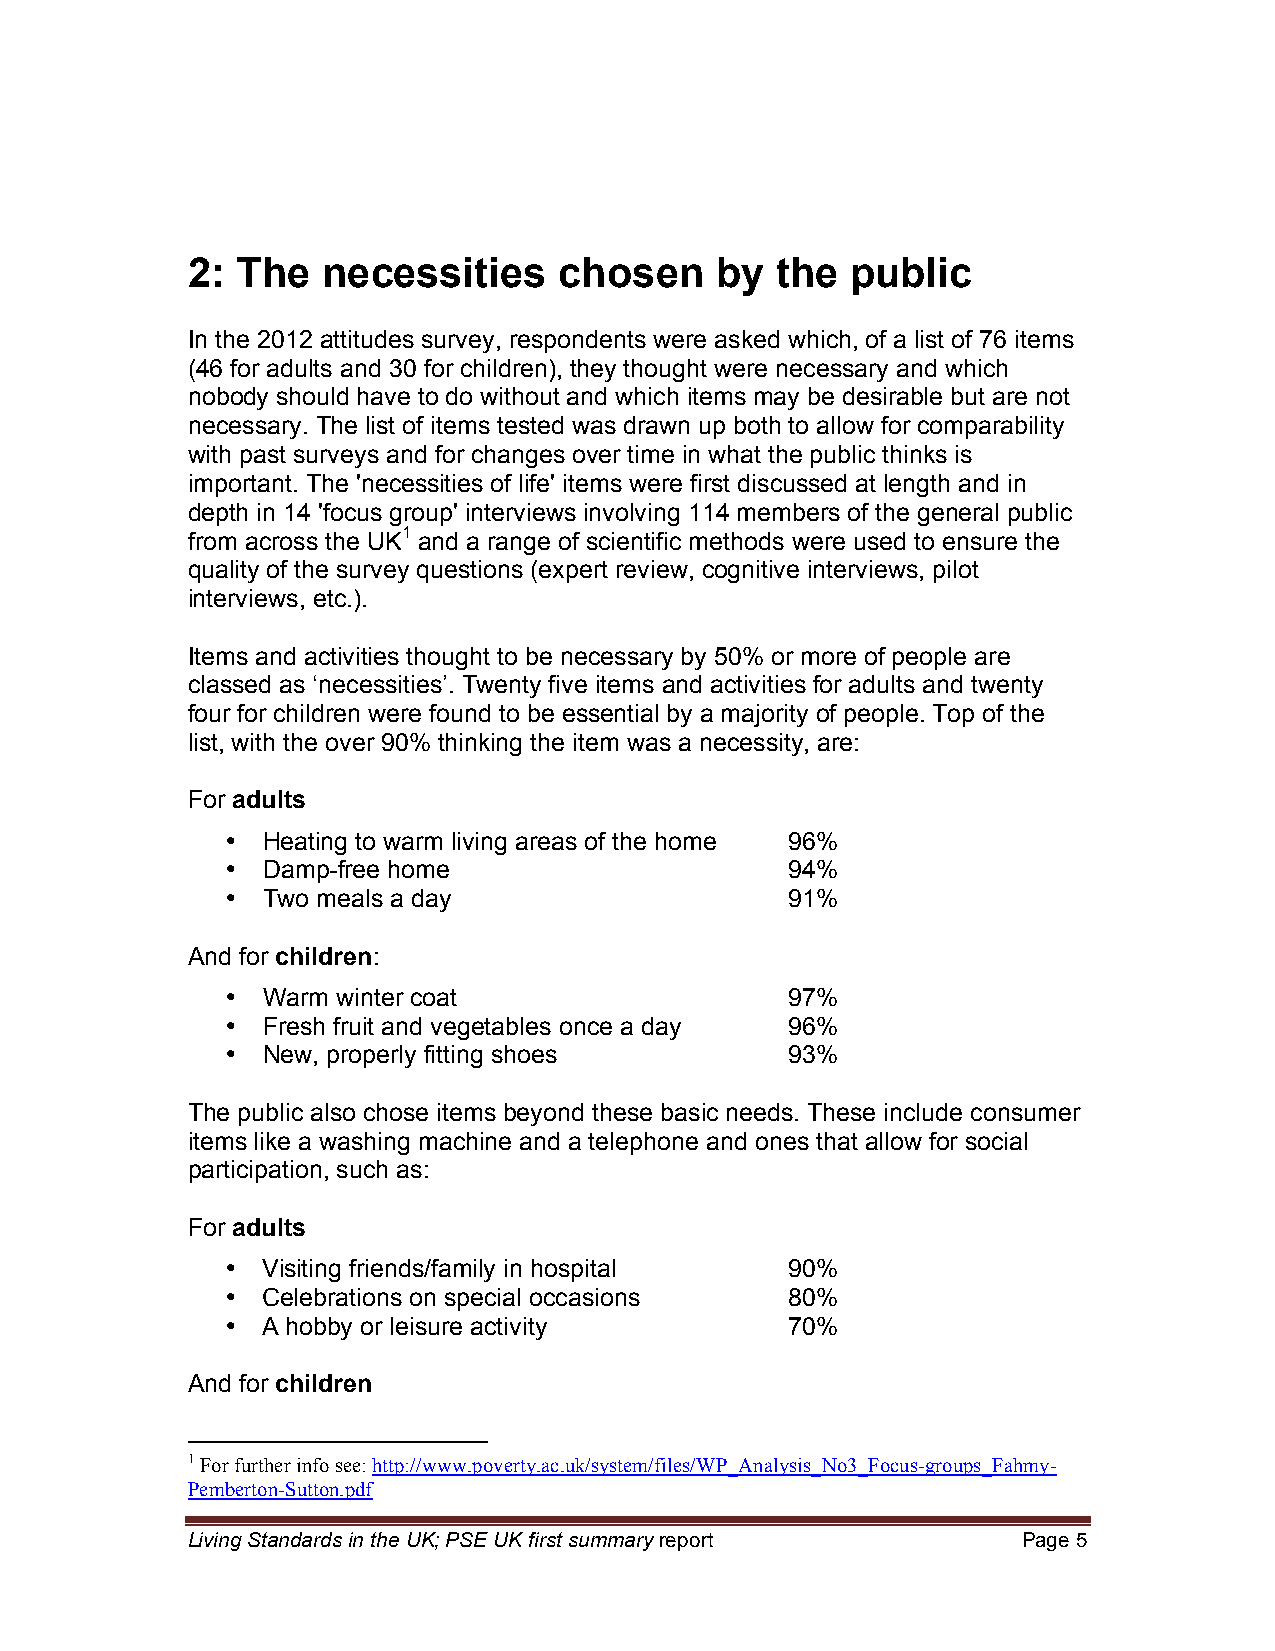
2:  The  necessities     chosen    by  the  public
 In the 2012 attitudes survey, respondents were asked which, of a list of 76 items
 (46 for adults and 30 for children), they thought were necessary and which
 nobody should have to do without and which items may be desirable but are not
 necessary. The list of items tested was drawn up both to allow for comparability
 with past surveys and for changes over time in what the public thinks is
 important. The 'necessities of life' items were first discussed at length and in
 depth in 14 'focus group' interviews involving 114 members of the general public
 from across the UK1 and a range of scientific methods were used to ensure the
 quality of the survey questions (expert review, cognitive interviews, pilot
 interviews, etc.).
 Items and activities thought to be necessary by 50% or more of people are
 classed as ‘necessities’. Twenty five items and activities for adults and twenty
 four for children were found to be essential by a majority of people. Top of the
 list, with the over 90% thinking the item was a necessity, are:
 For adults
 • Heating to warm living areas of the home 96%
 • Damp-free home                     94%
 • Two meals a day                    91%
 And for children:
 • Warm winter coat                   97%
 • Fresh fruit and vegetables once a day 96%
 • New, properly fitting shoes        93%
 The public also chose items beyond these basic needs. These include consumer
 items like a washing machine and a telephone and ones that allow for social
 participation, such as:
 For adults
 • Visiting friends/family in hospital 90%
 • Celebrations on special occasions  80%
 • A hobby or leisure activity        70%
 And for children
 1 For further info see: http://www.poverty.ac.uk/system/files/WP_Analysis_No3_Focus-groups_Fahmy-
 Pemberton-Sutton.pdf
 Living Standards in the UK; PSE UK first summary report Page 5